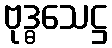
ဗုဒ္ဓသေဋ္ဌ